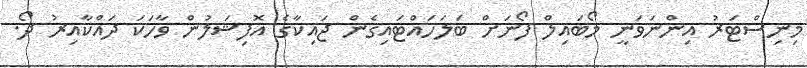
މިނިސްޓަރު އިންނަވަނީ މޯބައިލް ފޯނަށް ބަލަހައްޓައިގެން ޖައިކާގެ އޮފިޝަލުން ވާހަކަ ދައްކާއިރު ދޯ.